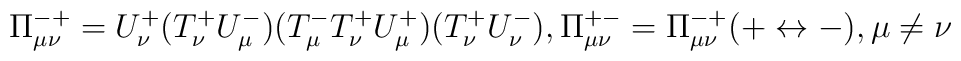
\Pi^{-+}_{\mu\nu}=U^+_\nu (T^+_\nu U^-_\mu)(T^-_\mu T^+_\nu U^+_\mu)(T^+_\nu U^-_\nu),    \Pi^{+-}_{\mu\nu}=\Pi^{-+}_{\mu\nu}(+\leftrightarrow -), \mu\neq\nu